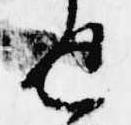
返